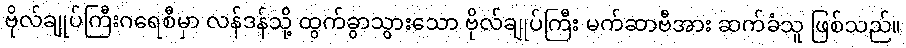
ဗိုလ်ချုပ်ကြီးဂရေစီမှာ လန်ဒန်သို့ ထွက်ခွာသွားသော ဗိုလ်ချုပ်ကြီး မက်ဆာဗီအား ဆက်ခံသူ ဖြစ်သည်။